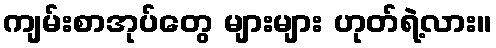
ကျမ်းစာအုပ်တွေ များများ ဟုတ်ရဲ့လား။